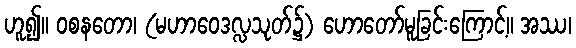
ဟူ၍။ ဝစနတော၊ (မဟာဝေဒလ္လသုတ်၌) ဟောတော်မူခြင်းကြောင့်။ အဿ၊